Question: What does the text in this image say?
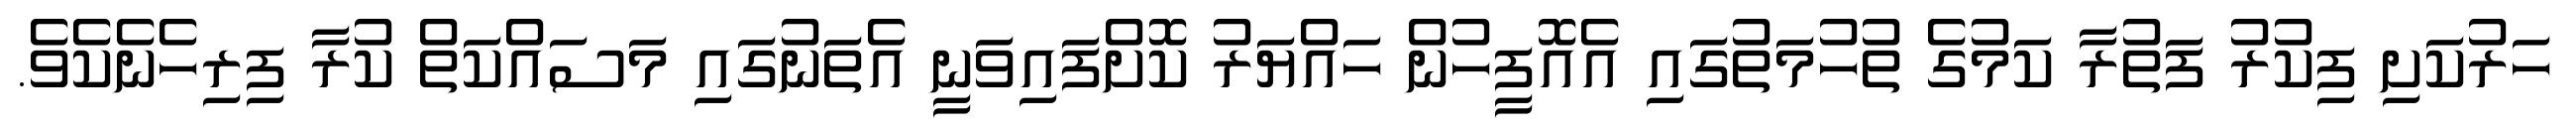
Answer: ހަރުކަށި ފިކުރު ފަތުރާ ކަމުގެ ތުހުމަތުގައި އެއޮފީހުން ހައްޔަރު ކޮށްފައިވަނީ އެތަނުގައި މަސައްކަތް ކުރާ ފިރިހެނެކެވެ.